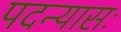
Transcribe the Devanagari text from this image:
पदन्यासः